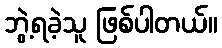
ဘွဲ့ရခဲ့သူ ဖြစ်ပါတယ်။